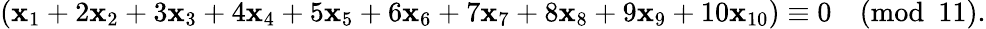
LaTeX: (\mathbf{x}_{1}+2\mathbf{x}_{2}+3\mathbf{x}_{3}+4\mathbf{x}_{4}+5\mathbf{x}_{5}+6\mathbf{x}_{6}+7\mathbf{x}_{7}+8\mathbf{x}_{8}+9\mathbf{x}_{9}+10\mathbf{x}_{10})\equiv0{\pmod{11}}.